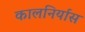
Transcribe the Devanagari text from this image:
कालनिर्यास